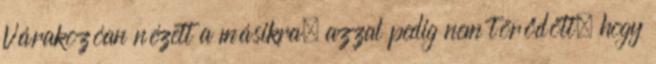
Várakozóan nézett a másikra, azzal pedig nem törődött, hogy